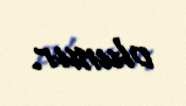
olunur.